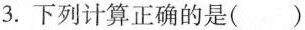
3.下列计算正确的是()